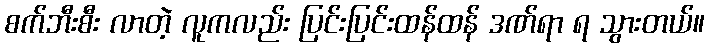
စက်ဘီးစီး လာတဲ့ လူကလည်း ပြင်းပြင်းထန်ထန် ဒဏ်ရာ ရ သွားတယ်။